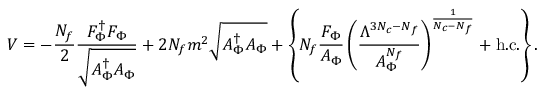
V = - { \frac { N _ { f } } { 2 } } { \frac { F _ { \Phi } ^ { \dag } F _ { \Phi } } { \sqrt { A _ { \Phi } ^ { \dag } A _ { \Phi } } } } + 2 N _ { f } m ^ { 2 } \sqrt { A _ { \Phi } ^ { \dag } A _ { \Phi } } + \left\{ N _ { f } { \frac { F _ { \Phi } } { A _ { \Phi } } } \left( { \frac { \Lambda ^ { 3 N _ { c } - N _ { f } } } { A _ { \Phi } ^ { N _ { f } } } } \right) ^ { \frac { 1 } { N _ { c } - N _ { f } } } + \mathrm { h . c . } \right\} .